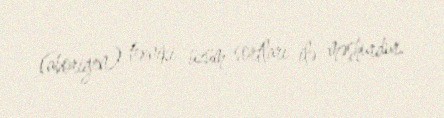
(aborigen) texniki üzüm sortları ilə məşhurdur.